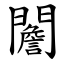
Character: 䦲